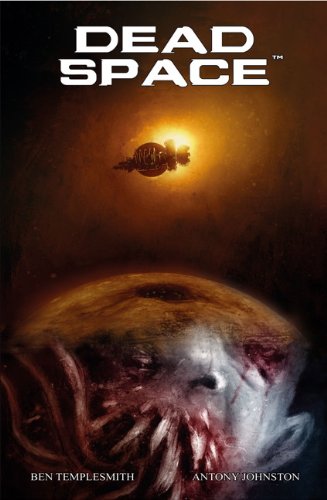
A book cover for Dead Space; Antony Johnston; Comics & Graphic Novels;